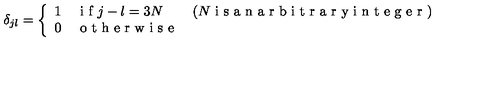
\delta _ { j l } = \left\{ \begin{array} { l l l l } { 1 } & { \textrm { i f } j - l = 3 N } & { ( N \textrm { i s a n a r b i t r a r y i n t e g e r } ) } \\ { 0 } & { \textrm { o t h e r w i s e } } & { } \\ \end{array} \right.